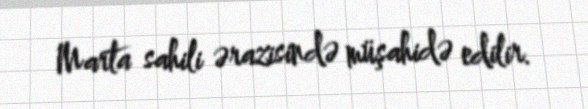
Marta sahili ərazisində müşahidə edilir.